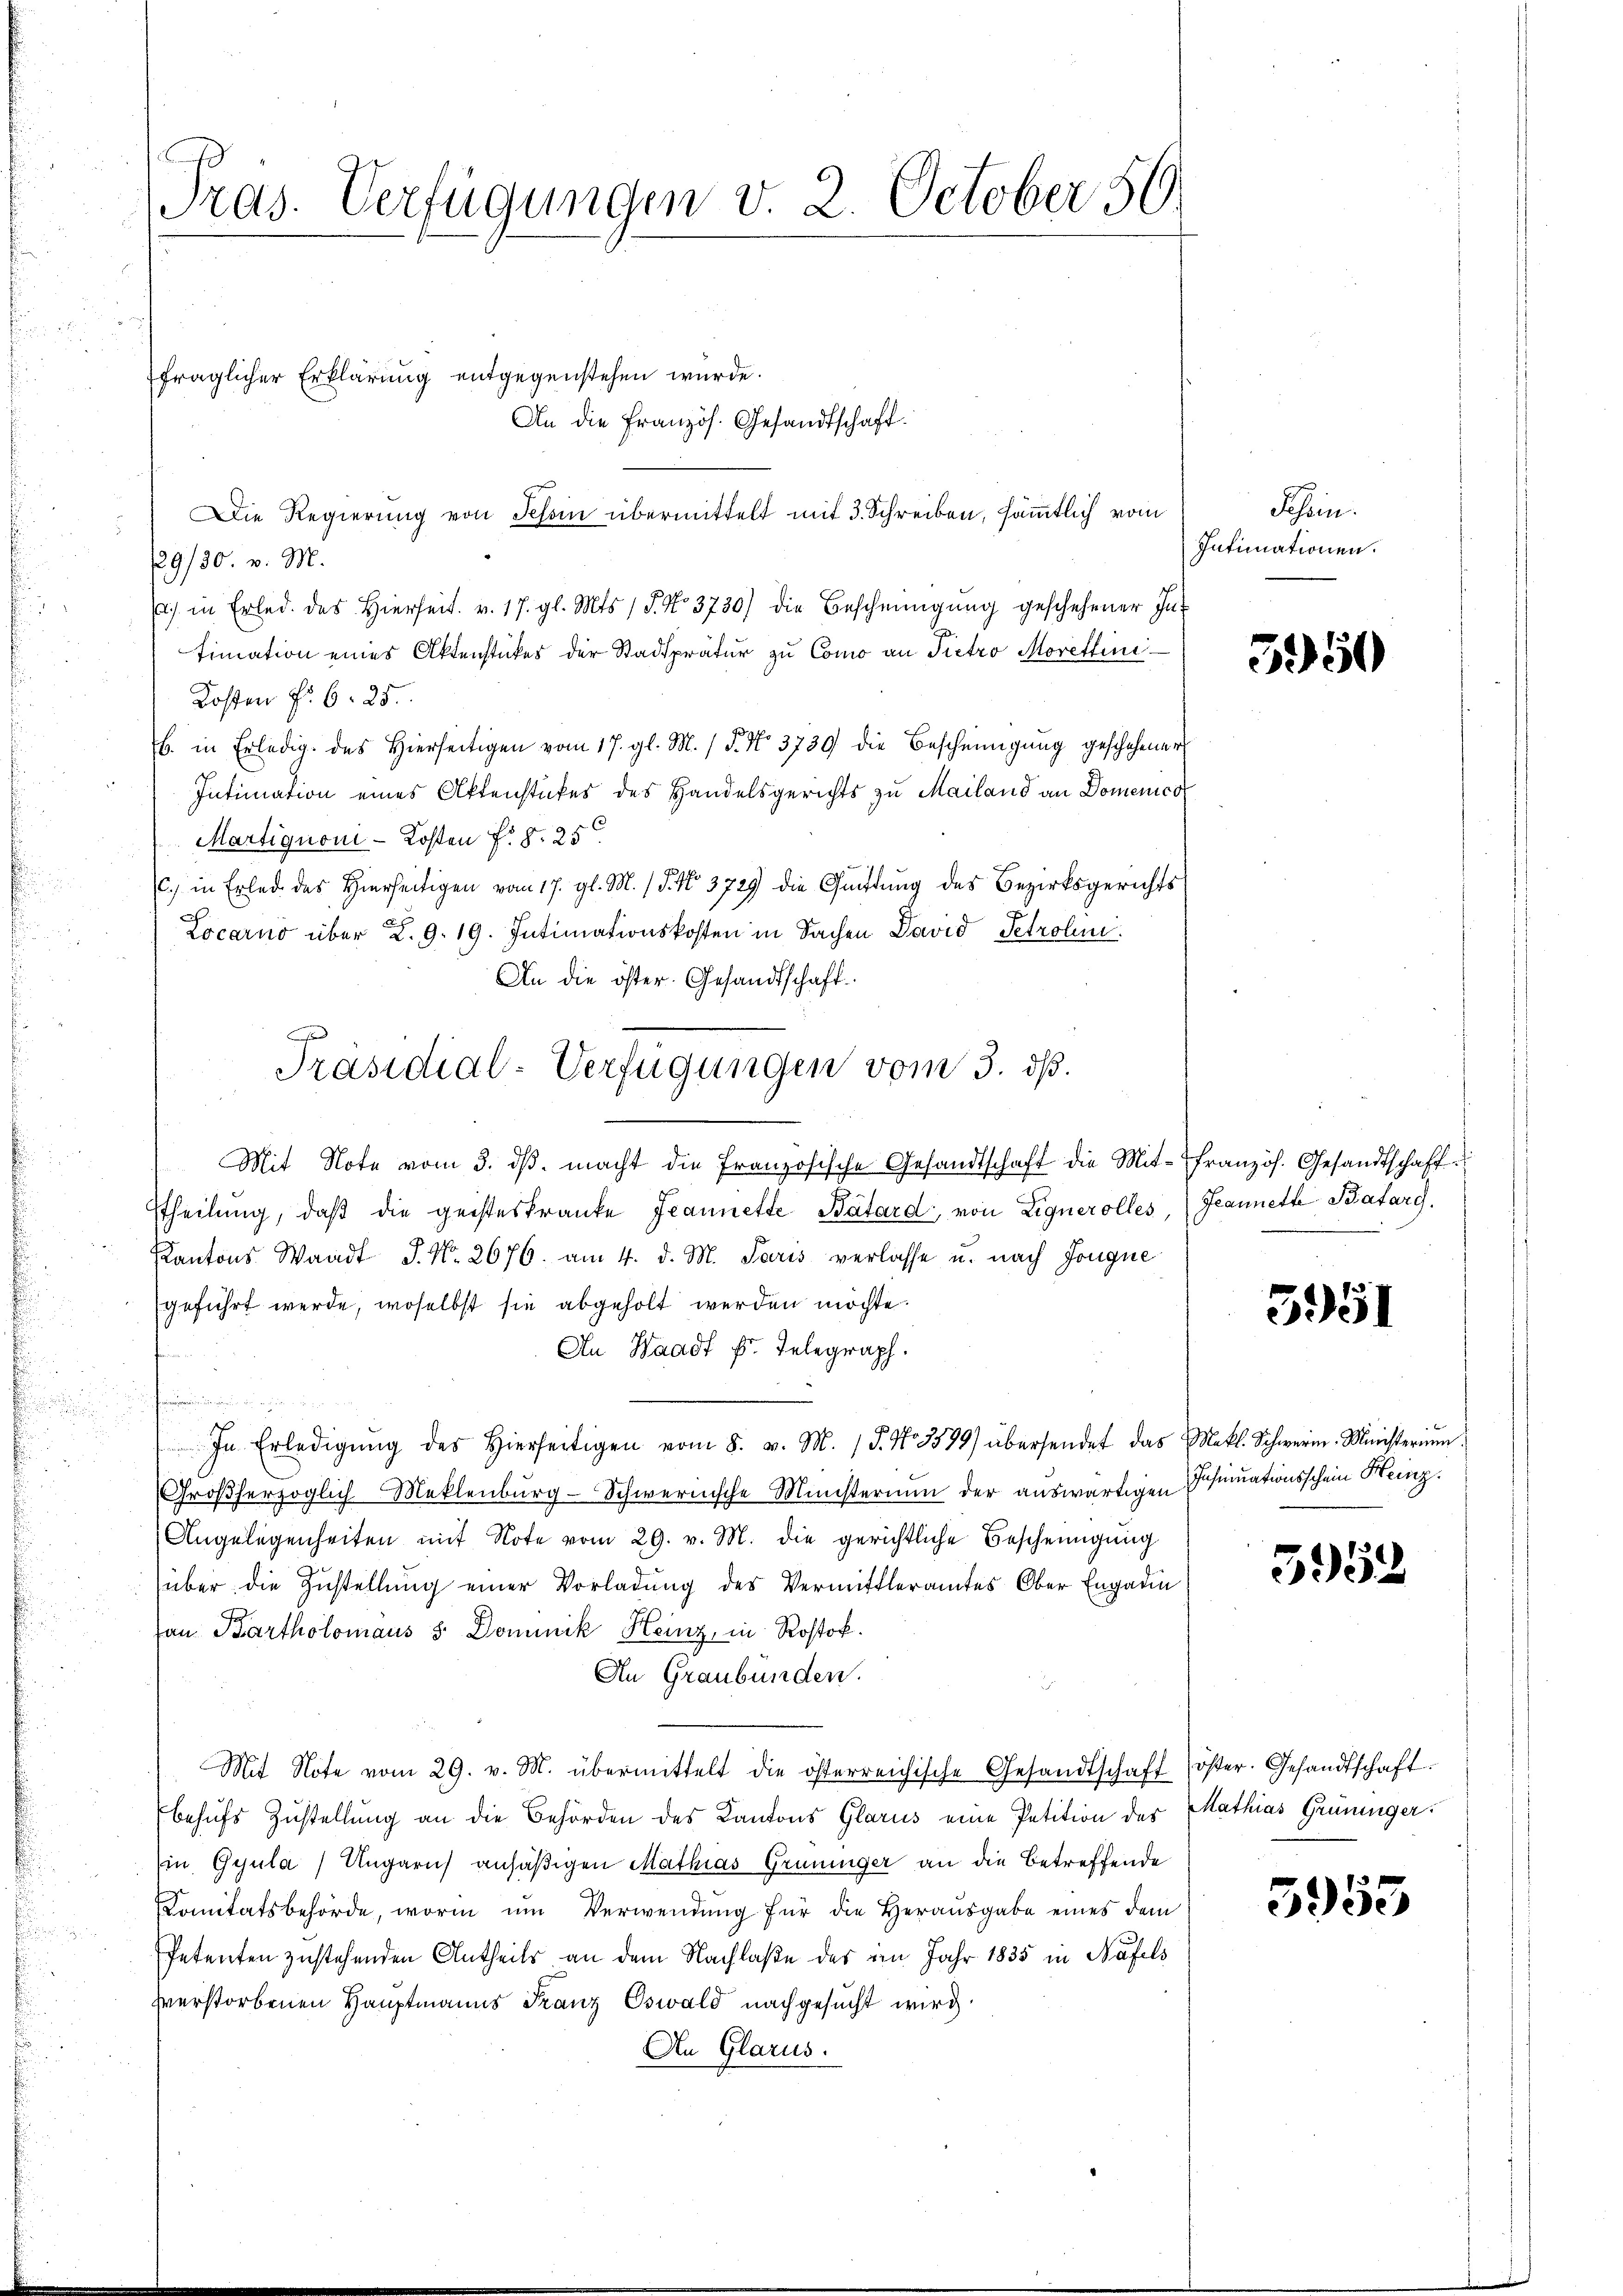
Pras. Verfügungen v. 2. October 50.

fraglicher Erklärung entgegenstehen wurde.

An die Französ. Gesandtschaft.
Die Regierung von Tessin übermittelt mit 3. Schreiben, sämmtlich vom
29/30. v. M.
 in Erled des hierseit v. 17. gl. Mts. 15. No. 3730) die Bescheinigŭng geschehener Jur
fimation eines Aktenstückes der Stadtpratur zu Como an Pietro Morettini
Kosten Fr. 6. 25.
b. in Erledig des Hierseitigen vom 17. gl. M. / 5. No. 3739 die Bescheinigŭng geschehener
Intimation eines Aktenstückes des Handelsgerichts zu Mailand an Domenico
Martignoni-Kosten f. §. 25.
c.) in Erled des Hierseitigen vom 17. gl. M. (§. No. 3729 die Gattung des Bezirksgerichts
Locarno über L. 9. 19. Intimationskosten in Sachen David Petrolen.
An die öster. Gesandtschaft.
Mit Note vom 3. dβ. macht die französische Gesandtschaft die Mit- französ. Gesandtschaft
ttheilung, daß die geisteskranke Jeannette Bátard, von Lignerolles, Jeannett Bafarg
Kantons Waadt J. Nr. 2676. am 4. d. M. Paris verlasse u. nach Jongue
geführt werde, woselbst sie abgeholt werden möchte.
An Waadt Fr. Telegraph.
i
In Erledigŭng des hierseitigen vom 8. v. M. J. No 3579) übersendet das Mekl. Schweren-Ministerium.
Großherzoglich Meklenburg-Schwernische Ministerium der auswärtigen sinuationsschein Heinz
Angelegenheiten mit Note vom 29. v. M. die gerichtliche Bescheinigung
über die Zustellŭng einer Vorladung des Vermittleramtes Ober Engadin
an Bartholomaus s. Dominik Heinz, in Rostok.
An Graubünden.
Mit Note vom 29. v. M. übermittelt die österreichische Gesandtschaft öster. Gesandtschaft
behufs Zustellung an die Behörden des Kantons Glarus eine Petition des Mathias Grüninger.
Ein Gyula) Ungaris ansäßigen Mathias Grüninger an die Betreffende
Sanitätsbehörde, worin um Verwendung für die Herausgabe eines dem
Petenten zustehenden Antheils an dem Nachlaße des im Jahr 1835 in Näfels
verstorbenen Hauptmanns Franz Oswald nachgesucht wird.
An Glarus.

Präsidial-Verfügungen vom 3. ds.

Fessen.
Intimationen.

3950

3951

3958

5953